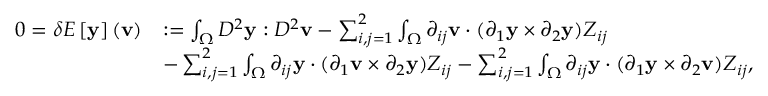
\begin{array} { r l } { 0 = \delta E \left[ \mathbf { y } \right] ( \mathbf { v } ) } & { : = \int _ { \Omega } D ^ { 2 } \mathbf { y } : D ^ { 2 } \mathbf { v } - \sum _ { i , j = 1 } ^ { 2 } \int _ { \Omega } \partial _ { i j } \mathbf { v } \cdot ( \partial _ { 1 } \mathbf { y } \times \partial _ { 2 } \mathbf { y } ) Z _ { i j } } \\ & { - \sum _ { i , j = 1 } ^ { 2 } \int _ { \Omega } \partial _ { i j } \mathbf { y } \cdot ( \partial _ { 1 } \mathbf { v } \times \partial _ { 2 } \mathbf { y } ) Z _ { i j } - \sum _ { i , j = 1 } ^ { 2 } \int _ { \Omega } \partial _ { i j } \mathbf { y } \cdot ( \partial _ { 1 } \mathbf { y } \times \partial _ { 2 } \mathbf { v } ) Z _ { i j } , } \end{array}